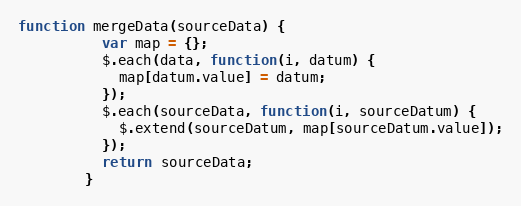
Language: JavaScript
function mergeData(sourceData) {
          var map = {};
          $.each(data, function(i, datum) {
            map[datum.value] = datum;
          });
          $.each(sourceData, function(i, sourceDatum) {
            $.extend(sourceDatum, map[sourceDatum.value]);
          });
          return sourceData;
        }